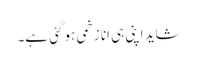
شاید اپنی ہی انا زخمی ہو گئی ہے۔